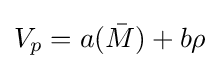
V_{p}=a({\bar {M}})+b\rho